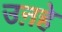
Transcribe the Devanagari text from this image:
उऩहे